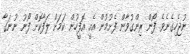
ނުޖެހިގެނެވެ. ފޯން ރިންގުވާން ފެށުމުން އެއީ އޮފީހުން ކަމަށް ލަފާކޮށް ފޯނު ނުނަގާ